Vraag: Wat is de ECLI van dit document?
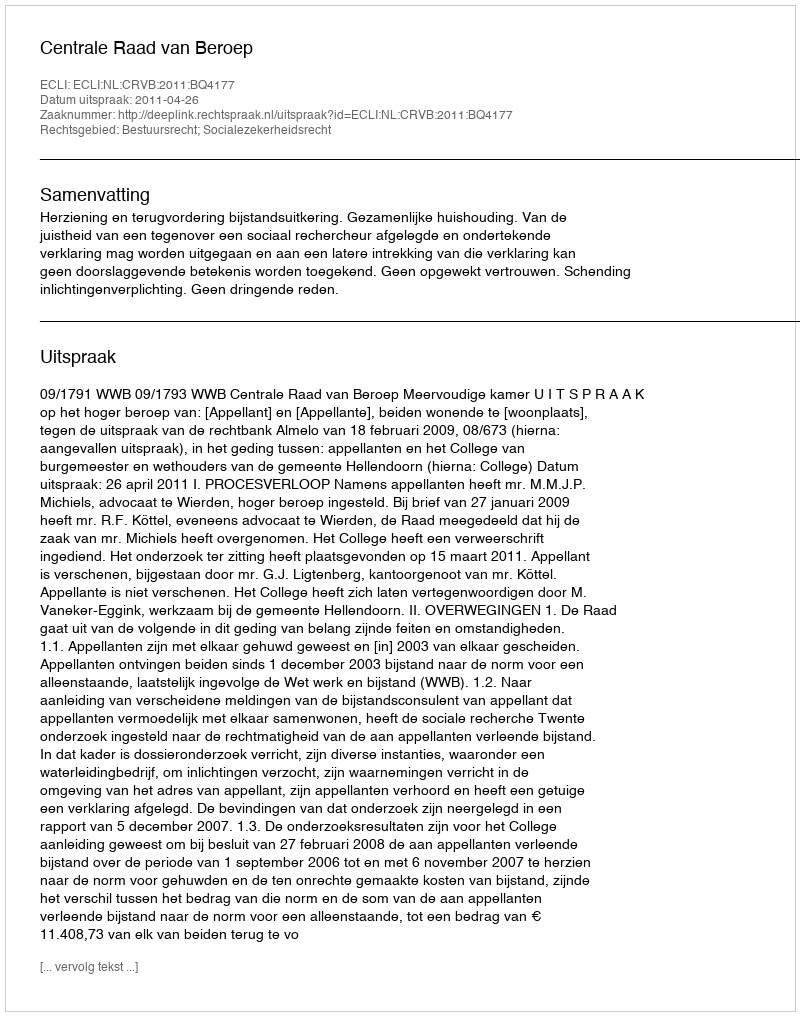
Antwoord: ECLI:NL:CRVB:2011:BQ4177